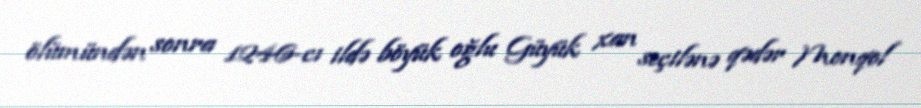
ölümündən sonra 1246-cı ildə böyük oğlu Güyük xan seçilənə qədər Monqol